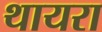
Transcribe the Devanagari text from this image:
थायरा